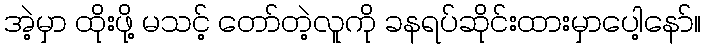
အဲ့မှာ ထိုးဖို့ မသင့် တော်တဲ့လူကို ခနရပ်ဆိုင်းထားမှာပေါ့နော်။